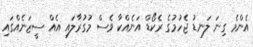
އެންމެ ގިނަ ލަނޑު ޖެހުމުގެ ރެކޯޑް އަނެއްކާ ވެސް މުގުރާލައި އެއް ސީޒަނެއްގައި